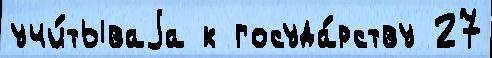
учи́тываjа к госуда́рству 27